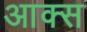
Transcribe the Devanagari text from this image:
आक्स